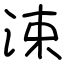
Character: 涑